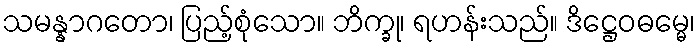
သမန္နာဂတော၊ ပြည့်စုံသော။ ဘိက္ခု၊ ရဟန်းသည်။ ဒိဋ္ဌေဝဓမ္မေ၊